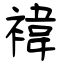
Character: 褘